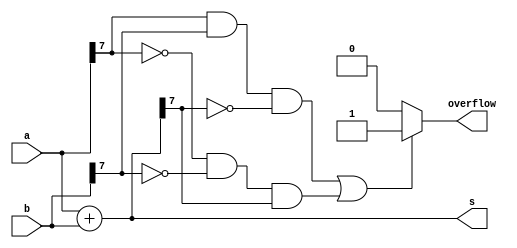
module top_module (
    input [7:0] a,
    input [7:0] b,
    output [7:0] s,
    output overflow
); //
 
    //Isi ka ek question hmne copy me solve kiya h check that fir reference
    assign s = a + b;
    assign overflow = (((a[7]&b[7]&(~s[7])) | ((~a[7])&(~b[7])&s[7])) == 1'b1)?1:0;

endmodule